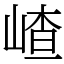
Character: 嵖